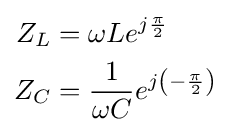
{\begin{aligned}Z_{L}&=\omega Le^{j{\frac {\pi }{2}}}\\Z_{C}&={\frac {1}{\omega C}}e^{j\left(-{\frac {\pi }{2}}\right)}\end{aligned}}